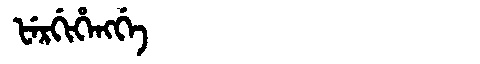
Manchu: ᡶᡝᡵᡤᡳᡥᡝᠩᡤᡝ
Romanization: FERGIHENGGE